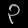
Digit: ၃